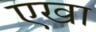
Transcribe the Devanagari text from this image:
एखा